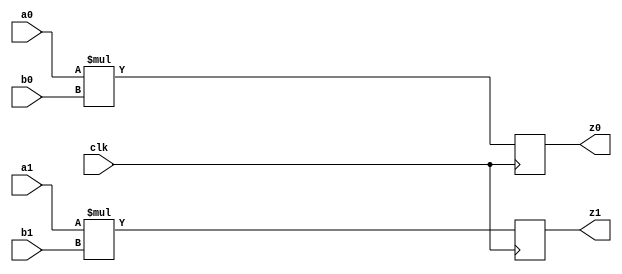
module simd_mult_inferred (
    input  wire         clk,
    input  wire [ 7:0]  a0,
    input  wire [ 7:0]  b0,
    output reg  [15:0]  z0,
    input  wire [ 7:0]  a1,
    input  wire [ 7:0]  b1,
    output reg  [15:0]  z1
);
    always @(posedge clk)
        z0 <= a0 * b0;
    always @(posedge clk)
        z1 <= a1 * b1;
endmodule